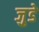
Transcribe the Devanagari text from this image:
जु़डे